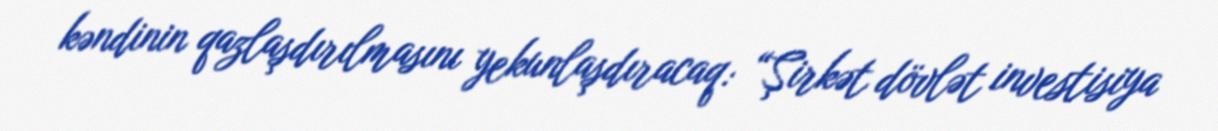
kəndinin qazlaşdırılmasını yekunlaşdıracaq: “Şirkət dövlət investisiya